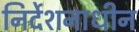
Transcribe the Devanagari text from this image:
निर्देशनाधीन